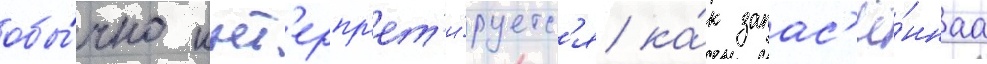
обы́чно инт'ерпр'ет'и́руетс'я ка́к запас'ё́ннаа